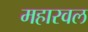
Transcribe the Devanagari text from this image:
महारवल